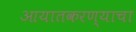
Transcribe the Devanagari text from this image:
आयातकरण्याचा